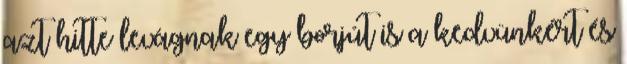
azt hitte levágnak egy borjút is a kedvünkért és